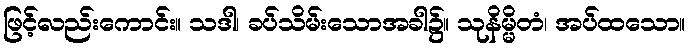
ဖြင့်လည်းကောင်း။ သဒါ၊ ခပ်သိမ်းသောအခါ၌။ သုနိမ္မိတံ၊ အပ်ထသော။